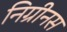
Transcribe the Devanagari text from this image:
निग्रीनस